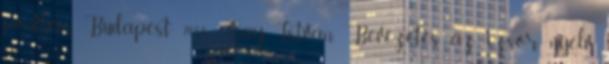
pontban. Budapest 2006. Say István: Bevezetés az izsor nyelv